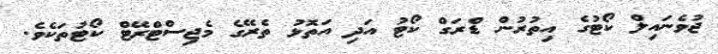
ޖުވެނައިލް ކޯޓުގެ އިތުރުން ޑްރަގް ކޯޓު އަދި އަތޮޅު ތެރޭގެ މެޖިސްޓްރޭޓް ކޯޓުތަކެވެ.